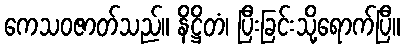
ကေသဝဇာတ်သည်။ နိဋ္ဌိတံ၊ ပြီးခြင်းသို့ရောက်ပြီ။